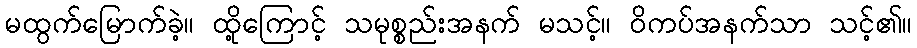
မထွက်မြောက်ခဲ့။ ထို့ကြောင့် သမုစ္စည်းအနက် မသင့်။ ဝိကပ်အနက်သာ သင့်၏။